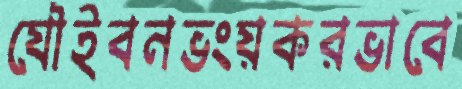
যৌইবনভংয়করভাবে